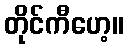
တိုင်ကီဟေ့။